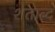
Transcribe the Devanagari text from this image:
शताब्द